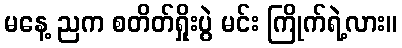
မနေ့ ညက စတိတ်ရှိုးပွဲ မင်း ကြိုက်ရဲ့လား။